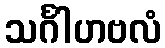
သင်္ဂါဟဗလံ